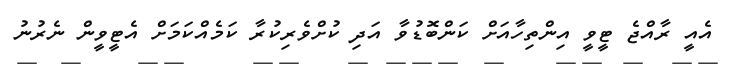
އެއީ ރާއްޖެ ޓީވީ އިންތިހާއަށް ކަންބޮޑުވާ އަދި ކުށްވެރިކުރާ ކަމެއްކަމަށް އެޓީވީން ނެރުނު